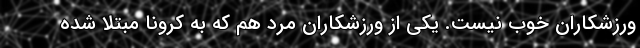
ورزشکاران خوب نیست. یکی از ورزشکاران مرد هم که به کرونا مبتلا شده